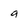
Character: 9